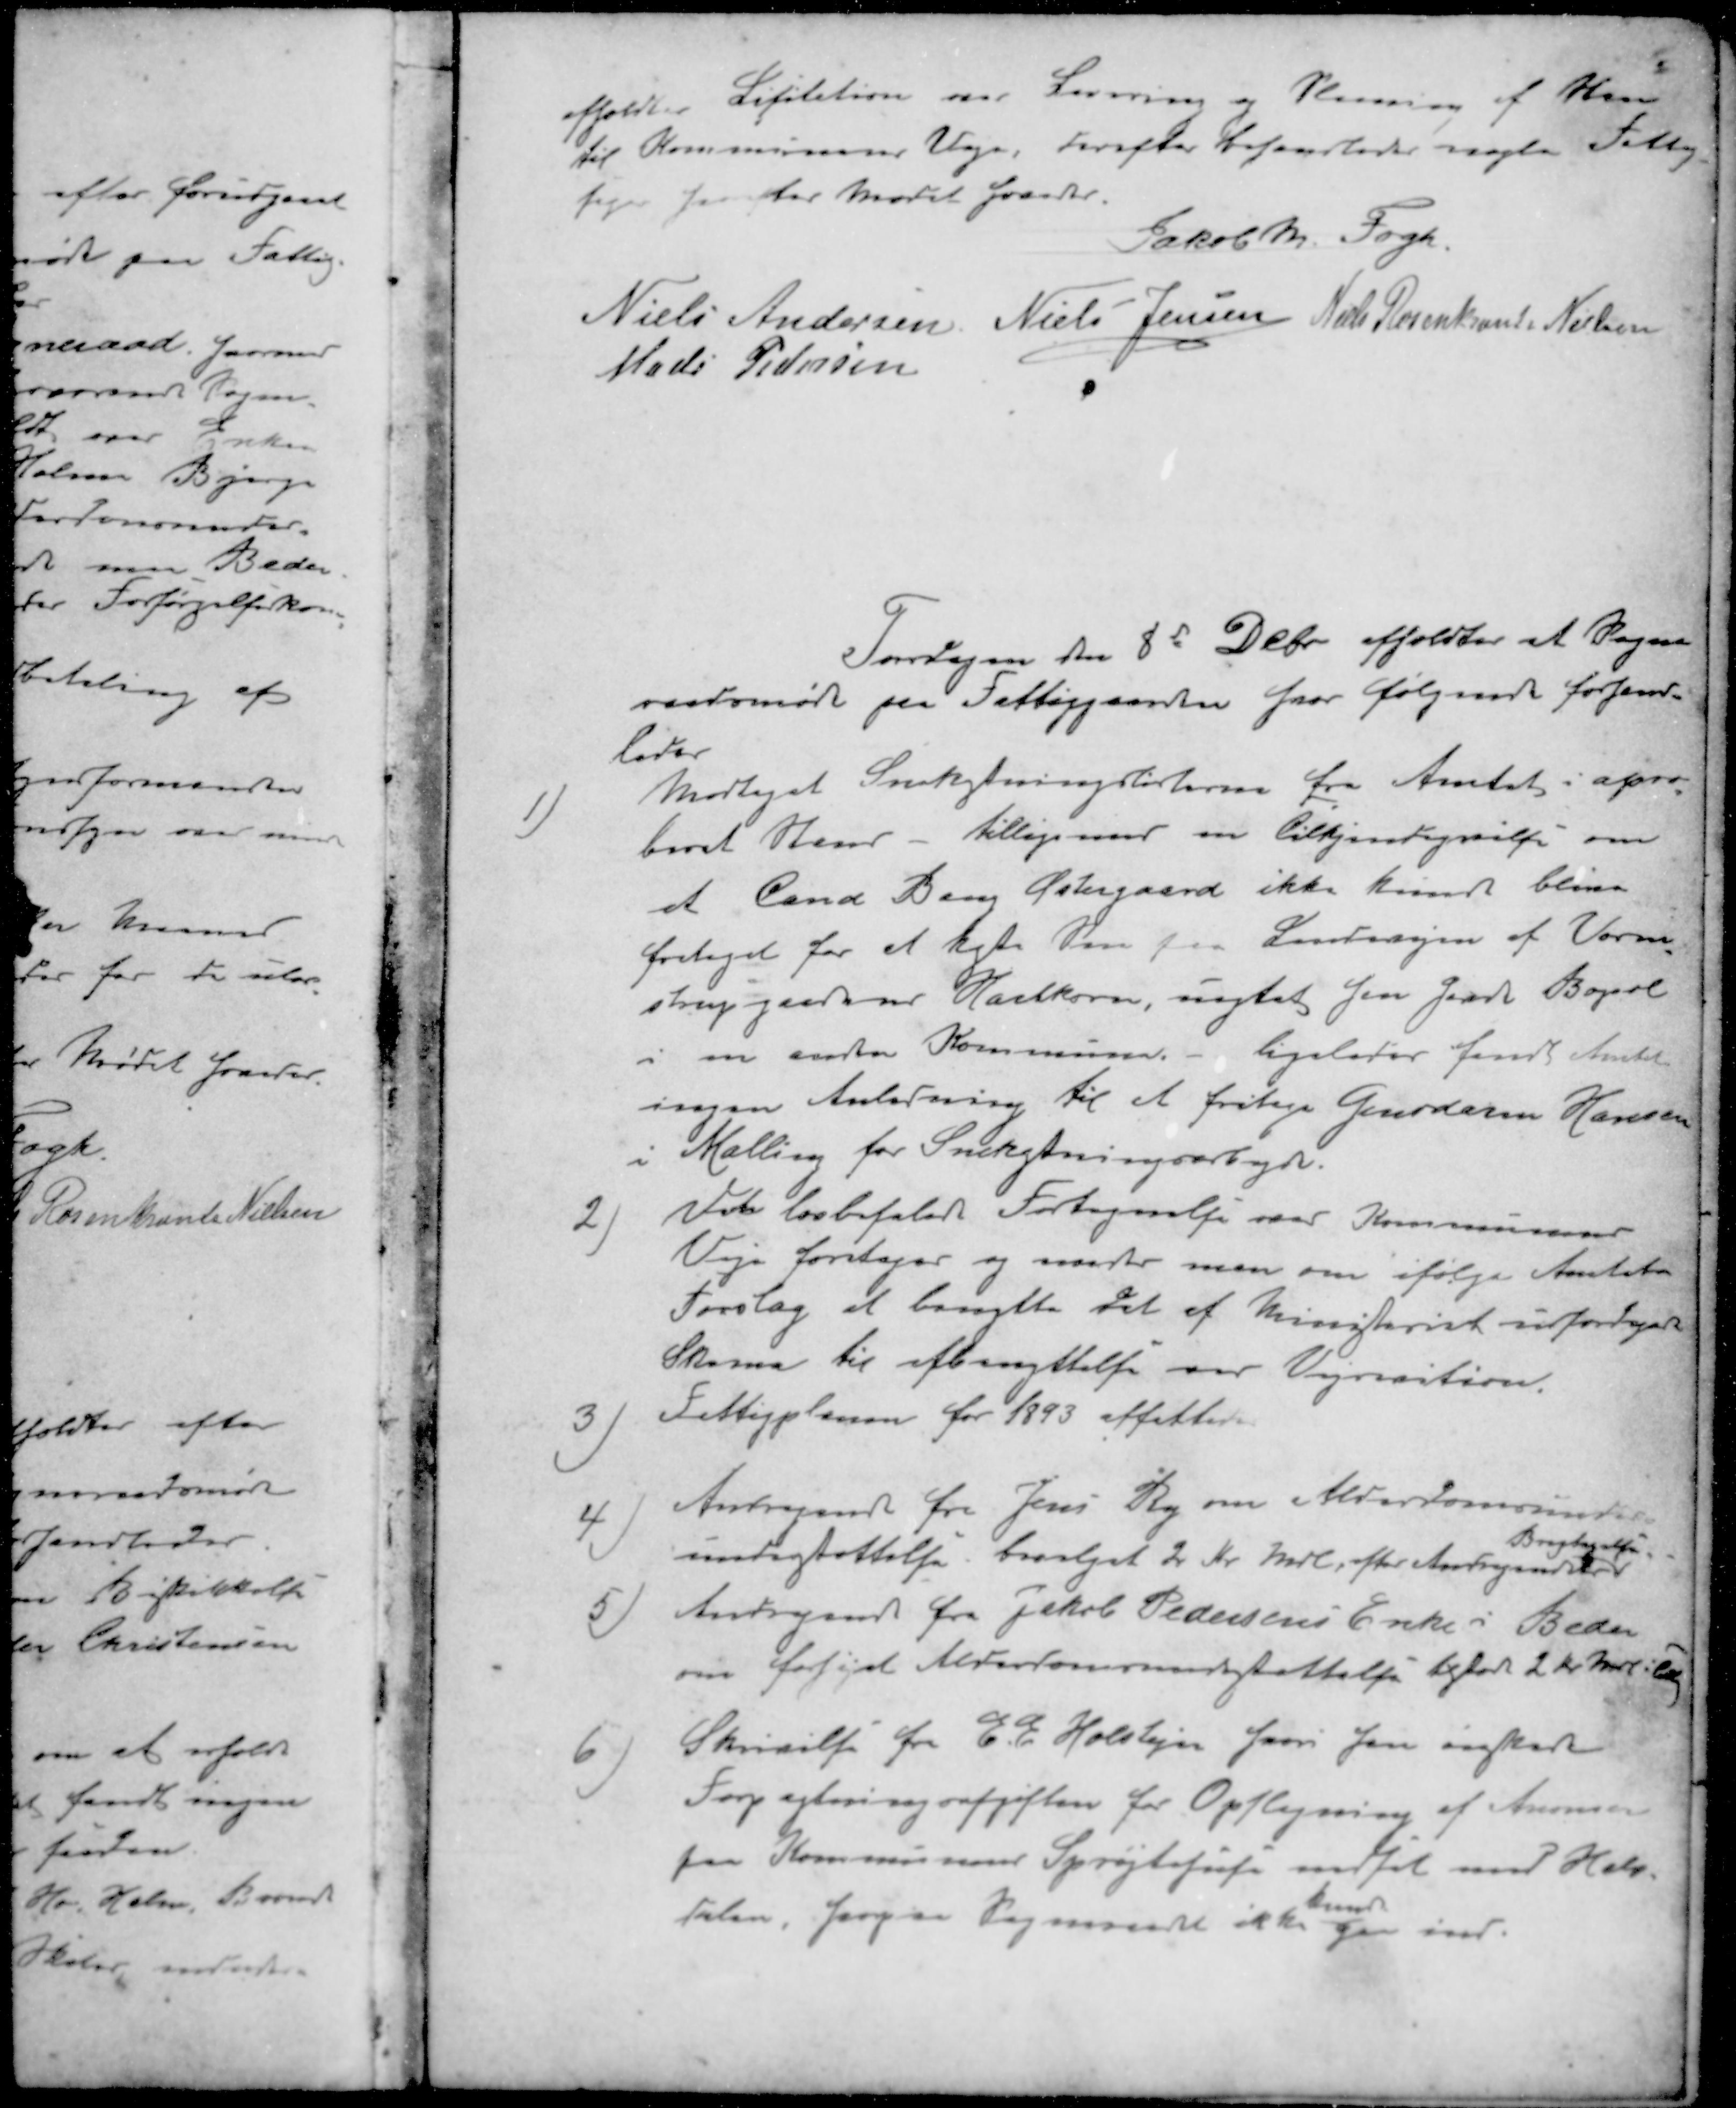
Transskription:
afholdt i Licitation over Levering og Planering af Sten
til Kommunens Veje, derefter behandledes nogle fattig
sager for i Aar Mødet hævedes.
Jakob M. Fogh.
Niels Andersen
Niels Jensen
Niels Rosenkrands Nielsen
Mads Pedersen
Torsdagen den 8de Dcbr afholdtes et Sogne
raadsmøde paa Fattiggaarden hvor følgende forhand-
ledes
1 ) Modtaget Snekastningslisterne fra Amtet i apro-
beret Stand - tilligemed en Tilkjendegivelse om
at Tana Bang Østergaard ikke kunde blive
fritaget for at kaste Sne paa Landevejen af Vorm
strupgaardens Hartkorn, uagtet den Gaards Bopæl
i en anden Kommune. - ligeledes fandt Amtet
ingen Anledning til et fritage Gendarm Hansen
i Malling for Snekastningsarbejde.
2 ) Vedr lovbefalet Fortegnelse over Kommunens
Veje foretager og  man om ifølge Amtets
Forslag at benytte det af Ministeriet udsendte
Skema til afbenyttelse over Vejvisition.
3 ) Fattigplanen for 1893 affattedes
4 ) Andragende fra Jens Ry om Alderdomsunder-

understøttelse bevilget 2 Kr. mdl., efter Andragendet
5) Andragende fra Jakob Pedersens Enke i Beder
om forhøjet Alderdomsunderstøttelse tilstaaet 2 Kr. mdl i 
6 ) Skrivelse fra E. P. Holstejn  han ønsker
Forpagtningsafgiften for Opslagning af Anonser
paa Kommunens Sprøjteliste nedsat med Halv
kunde
delen,  Sogneraadet ikke gaa ind